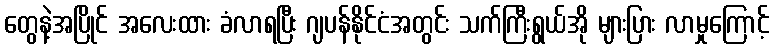
တွေနဲ့အပြိုင် အလေးထား ခံလာရပြီး ဂျပန်နိုင်ငံအတွင်း သက်ကြီးရွယ်အို များပြား လာမှုကြောင့်